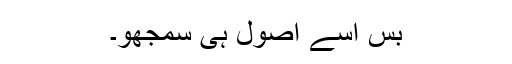
بس اسے اصول ہی سمجھو۔